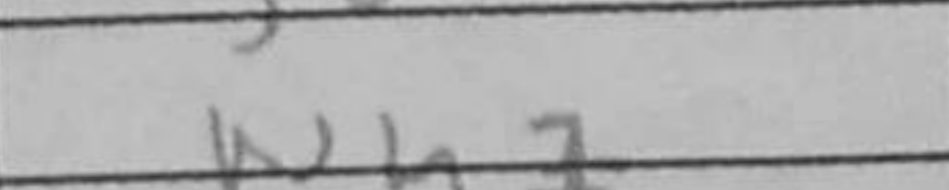
Transcription: Nh7